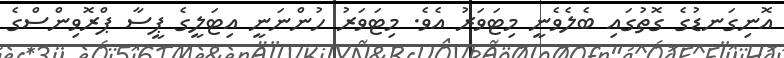
އޮނިގަނޑުގެ ގޮތުގައި ބެލެވެނީ މިޓަވަރު އެވެ. މިޓަވަރު ހުންނަނީ އިޓަލީގެ ޕީސާ ޕްރޮވިންސްގެ